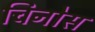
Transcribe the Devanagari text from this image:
चिनोस